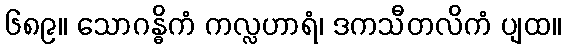
၆၈၉။ သောဂန္ဓိကံ ကလ္လဟာရံ၊ ဒကသီတလိကံ ပျထ။